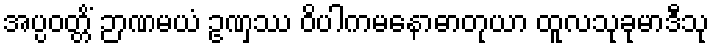
အပ္ပဝတ္တိံ ဉာဏမယံ ဥဏှဿ ဝိပါကမနောဓာတုယာ ထူလသုခုမာဒီသု